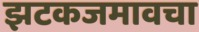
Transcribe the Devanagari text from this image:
झटकजमावचा